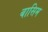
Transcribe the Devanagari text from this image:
बासिम